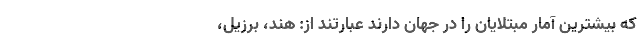
که بیشترین آمار مبتلایان را در جهان دارند عبارتند از: هند، برزیل،